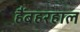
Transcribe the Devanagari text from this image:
हैंबहरहाल